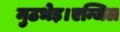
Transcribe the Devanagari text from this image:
मुठभेड़।एन्जिल